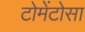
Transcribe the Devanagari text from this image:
टोमेंटोसा